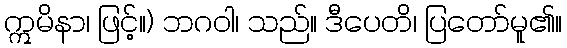
ဣမိနာ၊ ဖြင့်။) ဘဂဝါ၊ သည်။ ဒီပေတိ၊ ပြတော်မူ၏။